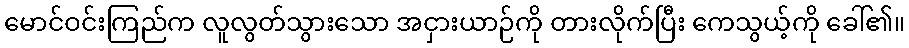
မောင်ဝင်းကြည်က လူလွတ်သွားသော အငှားယာဉ်ကို တားလိုက်ပြီး ကေသွယ့်ကို ခေါ်၏။